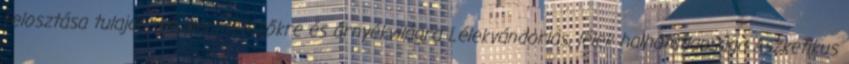
felosztása tulajdonképpeni létezőkre és árnyékvilágra Lélekvándorlás, lélek halhatatlansága Aszketikus